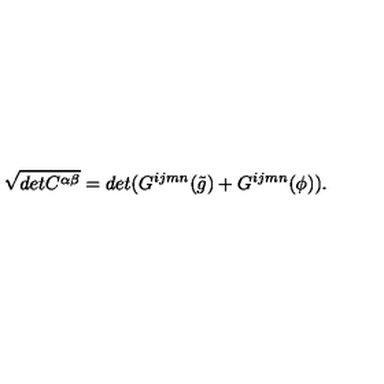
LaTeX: \sqrt { d e t C ^ { \alpha \beta } } = d e t ( G ^ { i j m n } ( \tilde { g } ) + G ^ { i j m n } ( \phi ) ) .